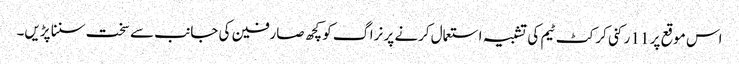
اس موقع پر 11 رکنی کرکٹ ٹیم کی تشبیہ استعمال کرنے پر نراگ کو کچھ صارفین کی جانب سے سخت سننا پڑیں۔